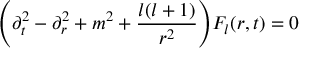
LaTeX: \Biggl ( \partial _ { t } ^ { 2 } - \partial _ { r } ^ { 2 } + m ^ { 2 } + \frac { l ( l + 1 ) } { r ^ { 2 } } \Biggr ) F _ { l } ( r , t ) = 0